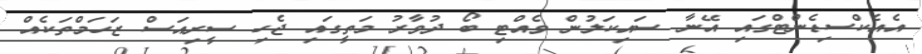
އެއެކްސިޑެންޓްގައި އޭނާ ސައިކަލުން ވެއްޓި ބޯ ދުވާރު މަތީގައި ޖެހި ސީރިއަސް ޒަހަމްތަކެއް